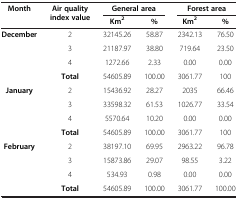
| Month | Air quality index value | <COLSPAN=2> General area | <COLSPAN=2> Forest area |
 |  |  | Km2 | % | Km2 | % |
 | --- | --- | --- | --- | --- | --- |
 | <ROWSPAN=4> December | 2 | 32145.26 | 58.87 | 2342.13 | 76.50 |
 | 3 | 21187.97 | 38.80 | 719.64 | 23.50 |
 | 4 | 1272.66 | 2.33 | 0.00 | 0.00 |
 | Total | 54605.89 | 100.00 | 3061.77 | 100 |
 | <ROWSPAN=4> January | 2 | 15436.92 | 28.27 | 2035 | 66.46 |
 | 3 | 33598.32 | 61.53 | 1026.77 | 33.54 |
 | 4 | 5570.64 | 10.20 | 0.00 | 0.00 |
 | Total | 54605.89 | 100.00 | 3061.77 | 100 |
 | <ROWSPAN=3> February | 2 | 38197.10 | 69.95 | 2963.22 | 96.78 |
 | 3 | 15873.86 | 29.07 | 98.55 | 3.22 |
 | 4 | 534.93 | 0.98 | 0.00 | 0.00 |
 |  | Total | 54605.89 | 100.00 | 3061.77 | 100.00 |